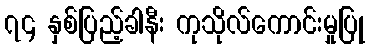
၇၄ နှစ်ပြည့်ခါနီး ကုသိုလ်ကောင်းမှုပြု